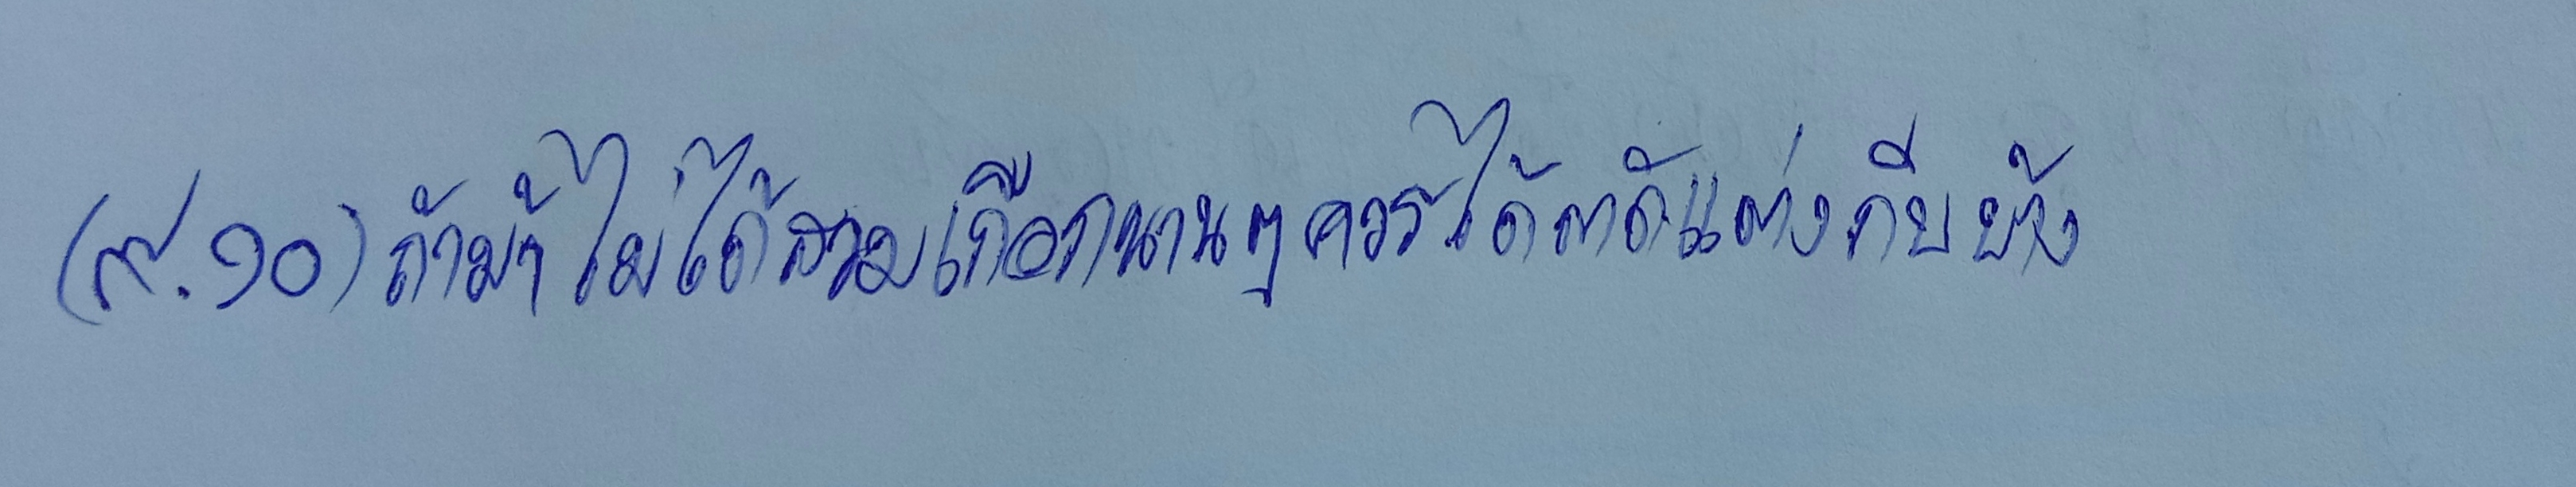
(๙.๑๐)ถ้าม้าไม่ได้สวมเกือกนานๆควรได้ตัดแต่งกีบบ้าง